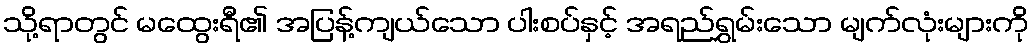
သို့ရာတွင် မထွေးရီ၏ အပြန့်ကျယ်သော ပါးစပ်နှင့် အရည်ရွှမ်းသော မျက်လုံးများကို